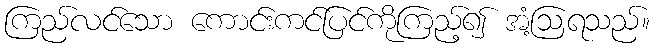
ကြည်လင်သော ကောင်းကင်ပြင်ကိုကြည့်၍ အံ့ဩရသည်။